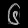
Digit: ၆